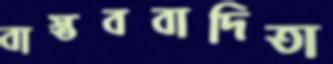
বাস্তববাদিতা